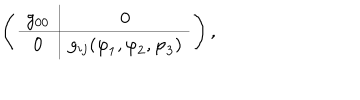
\left( \begin{array} { c | c } { { g _ { 0 0 } } } & { { 0 } } \\ \hline { { 0 } } & { { g _ { i j } ( { \varphi } _ { 1 } , { \varphi } _ { 2 } , { \varphi } _ { 3 } ) } } \\ \end{array} \right) ,